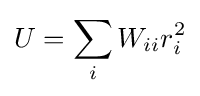
U=\sum _{i}W_{ii}r_{i}^{2}